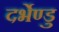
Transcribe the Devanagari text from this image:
दर्भेण्डु